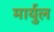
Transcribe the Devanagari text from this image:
मार्युल